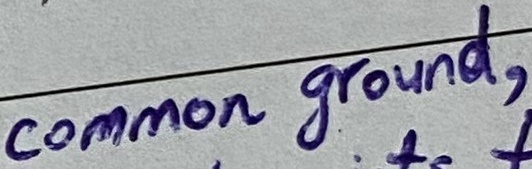
Text: common ground,